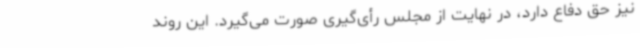
نیز حق دفاع دارد، در نهایت از مجلس رأی‌گیری صورت می‌گیرد. این روند